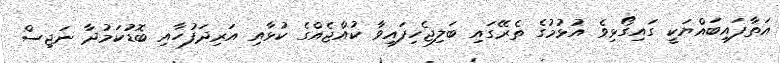
އަތާފައިބައްޔަކީ ގައިގޯޅިވެ އުޅުމުގެ ތެރޭގައި ބަލިޖެހިފައިވާ ކުއްޖެއްގެ ކުޅާއި އަރިދަފުހާއި ބޮޑުކަމުދާ ނަޖިސް